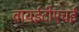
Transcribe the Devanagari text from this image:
वायईटीएचई